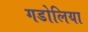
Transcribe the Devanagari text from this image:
गडोलिया